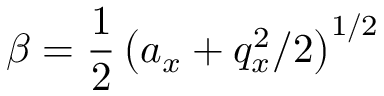
\beta = \frac { 1 } { 2 } \left( a _ { x } + q _ { x } ^ { 2 } / 2 \right) ^ { 1 / 2 }